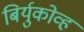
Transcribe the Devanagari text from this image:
बिर्युकोव्ह